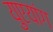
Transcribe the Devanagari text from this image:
युएयांग